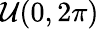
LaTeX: \mathcal{U}(0,2\pi)